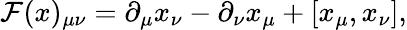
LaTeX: {\cal F}(x)_{\mu\nu}=\partial_{\mu}x_{\nu}-\partial_{\nu}x_{\mu}+[x_{\mu},x_{\nu}],